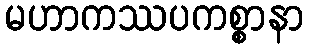
မဟာကဿပကစ္စာနာ